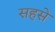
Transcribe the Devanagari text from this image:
सहसे